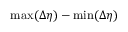
\mathrm { m a x } ( \Delta \eta ) - \mathrm { m i n } ( \Delta \eta )